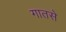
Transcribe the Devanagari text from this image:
गातसे